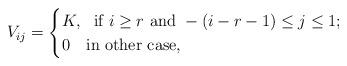
LaTeX: \begin{align*}V_{ij}= \begin{cases} K,\ \ \mbox{if } i\ge r \mbox{ and } -(i-r-1)\le j\le 1; \\0 \ \ \mbox{ in other case}, \end{cases} \end{align*}